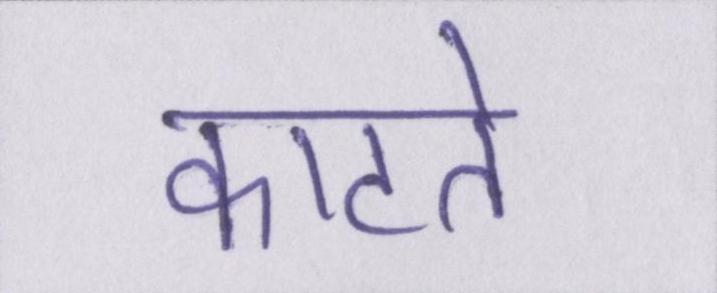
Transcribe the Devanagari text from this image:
काटते